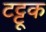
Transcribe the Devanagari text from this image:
टट्टूक